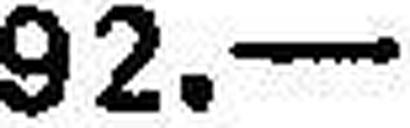
92.—